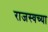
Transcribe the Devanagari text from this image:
राजस्वच्या